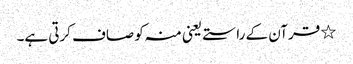
٭ قرآن کے راستے یعنی منہ کو صاف کرتی ہے۔